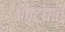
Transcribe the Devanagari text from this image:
अष्टघातु